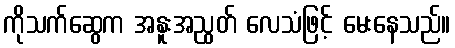
ကိုသက်ဆွေက အနူးအညွတ် လေသံဖြင့် မေးနေသည်။